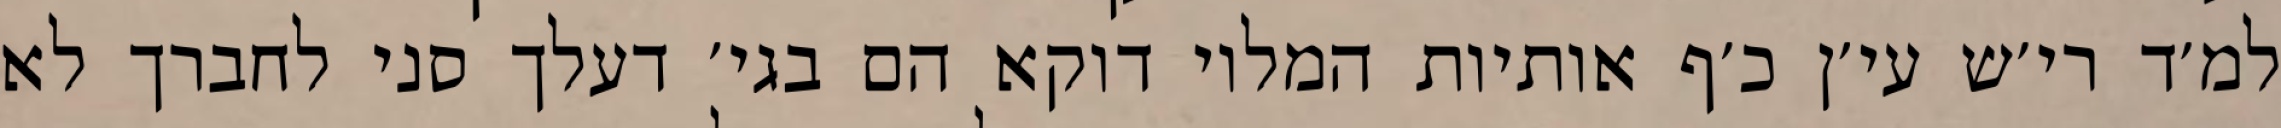
למ׳ד רי׳ש עי׳ן כ׳ף אותיות המלוי דוקא הם בגי׳ דעלך סני לחברך לא